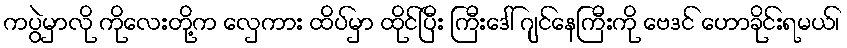
ကပွဲမှာလို ကိုလေးတို့က လှေကား ထိပ်မှာ ထိုင်ပြီး ကြီးဒေါ် ဂျင်နေကြီးကို ဗေဒင် ဟောခိုင်းရမယ်၊